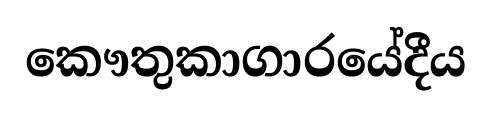
කෞතුකාගාරයේදීය